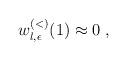
LaTeX: \begin{align*}w^{(<)}_{l,\epsilon}(1)\approx 0\; ,\end{align*}